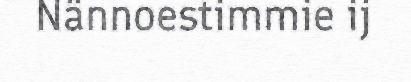
Nännoestimmie ij